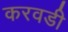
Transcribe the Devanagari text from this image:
करवडी